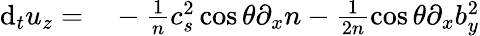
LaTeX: \begin{array}{rl}{\mathrm{d}_{t}u_{z}=}&{{}-\frac{1}{n}c_{s}^{2}\cos\theta\partial_{x}n-\frac{1}{2n}\cos\theta\partial_{x}b_{y}^{2}}\end{array}